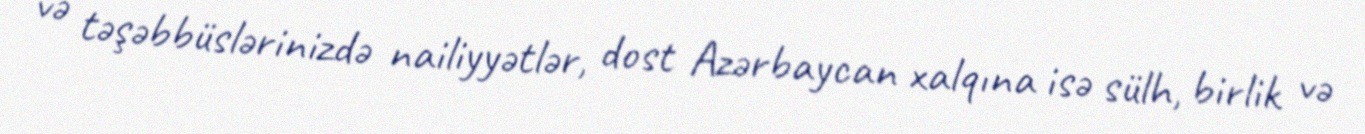
və təşəbbüslərinizdə nailiyyətlər, dost Azərbaycan xalqına isə sülh, birlik və